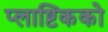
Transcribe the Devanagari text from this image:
प्लाष्टिकको